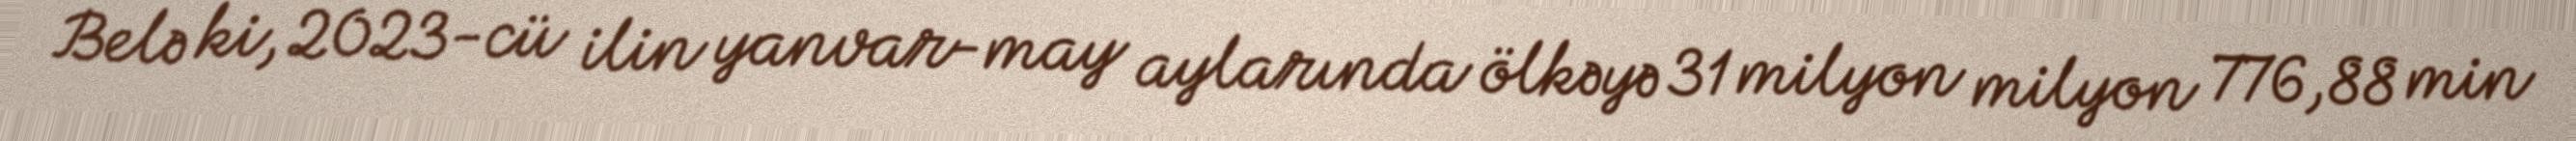
Belə ki, 2023-cü ilin yanvar-may aylarında ölkəyə 31 milyon milyon 776,88 min